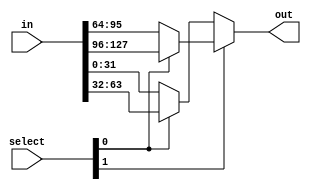
module fourBitMultiplexer(in, select, out);
    parameter MuxWidth = 32;
        input [4 * MuxWidth - 1 : 0] in;
        output [MuxWidth - 1 : 0] out;
        input [1 : 0] select;
        assign out = select[1] ? (select[0] ? (in[4 * MuxWidth - 1 : 3 * MuxWidth]) : (in[3 * MuxWidth - 1 : 2 * MuxWidth])) : (select[0] ? (in[2 * MuxWidth - 1 : 1 * MuxWidth]) : (in[MuxWidth - 1 : 0]));
endmodule

module eightBitMultiplexer(in, select, out);
    parameter MuxWidth = 32;
    input [8 * MuxWidth - 1 : 0] in;
    output [MuxWidth - 1 : 0] out;
    input [2 : 0] select;
    assign out = select[2] ? (select[1] ? (select[0] ? (in[8 * MuxWidth - 1 : 7 * MuxWidth]) : (in[7 * MuxWidth - 1 : 6 * MuxWidth])) : (select[0] ? (in[6 * MuxWidth - 1 : 5 * MuxWidth]) : (in[5 * MuxWidth - 1 : 4 * MuxWidth]))) : (select[1] ? (select[0] ? (in[4 * MuxWidth - 1 : 3 * MuxWidth]) : (in[3 * MuxWidth - 1 : 2 * MuxWidth])) : (select[0] ? (in[2 * MuxWidth - 1 : 1 * MuxWidth]) : (in[1 * MuxWidth - 1 : 0])));
endmodule